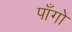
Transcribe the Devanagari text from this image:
पाँगो